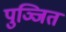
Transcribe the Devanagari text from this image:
पुञ्जित